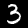
Label: 3